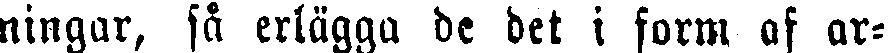
ningar, så erlägga de det i form af ar-